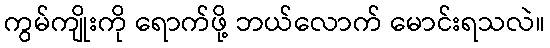
ကွမ်ကျိုးကို ရောက်ဖို့ ဘယ်လောက် မောင်းရသလဲ။